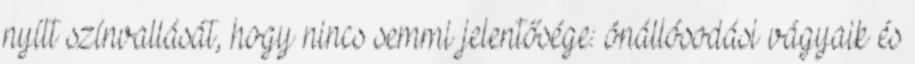
nyílt színvallását, hogy nincs semmi jelentősége: önállósodási vágyaik és